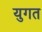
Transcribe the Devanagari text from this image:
युगत